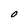
Character: O